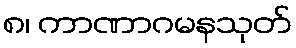
၈၊ ကာဏာဂမနသုတ်